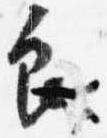
良